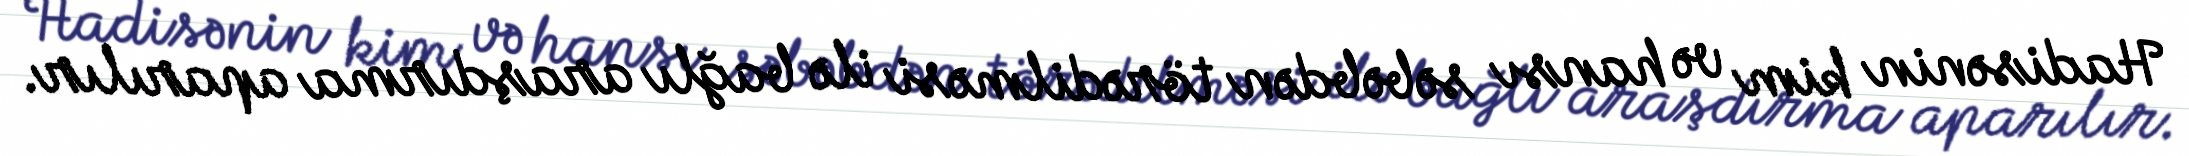
Hadisənin kim və hansı səbəbdən törədilməsi ilə bağlı araşdırma aparılır.